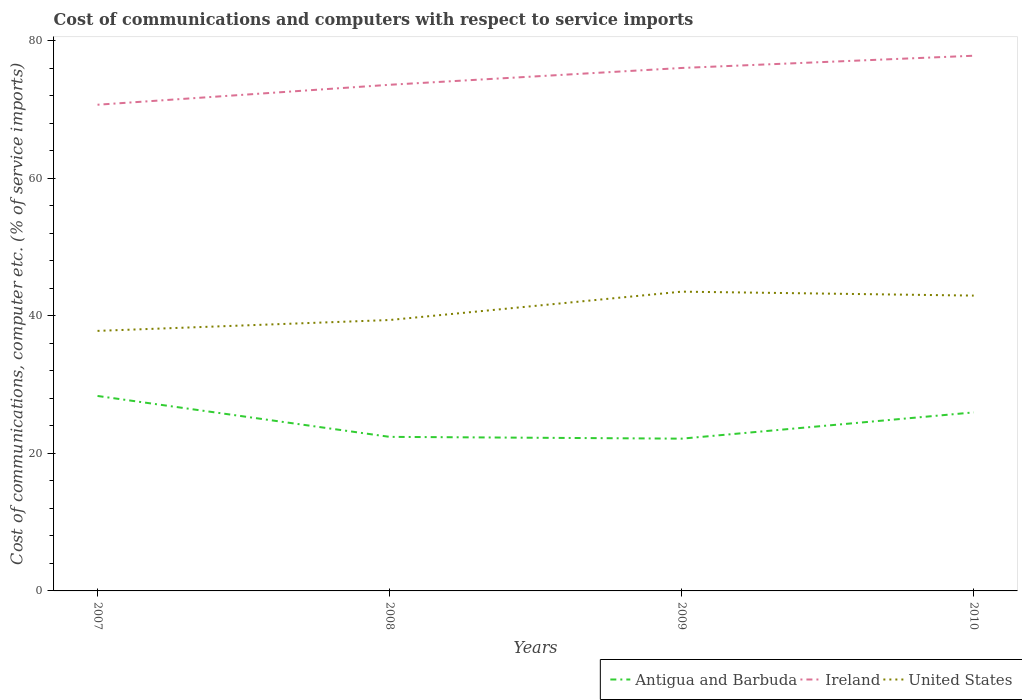
| Years | Antigua and Barbuda | Ireland | United States |
 | --- | --- | --- | --- |
 | 2007 | 28.3 | 70.7 | 37.8 |
 | 2008 | 22.4 | 73.6 | 39.4 |
 | 2009 | 22.1 | 76 | 43.5 |
 | 2010 | 26 | 77.8 | 42.9 |